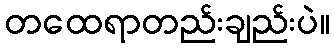
တထေရာတည်းချည်းပဲ။